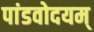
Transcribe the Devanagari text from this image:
पांडवोदयम्